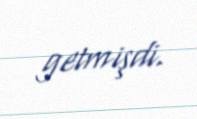
getmişdi.